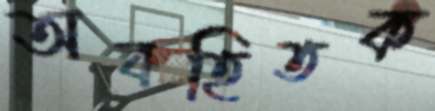
অবহিতক